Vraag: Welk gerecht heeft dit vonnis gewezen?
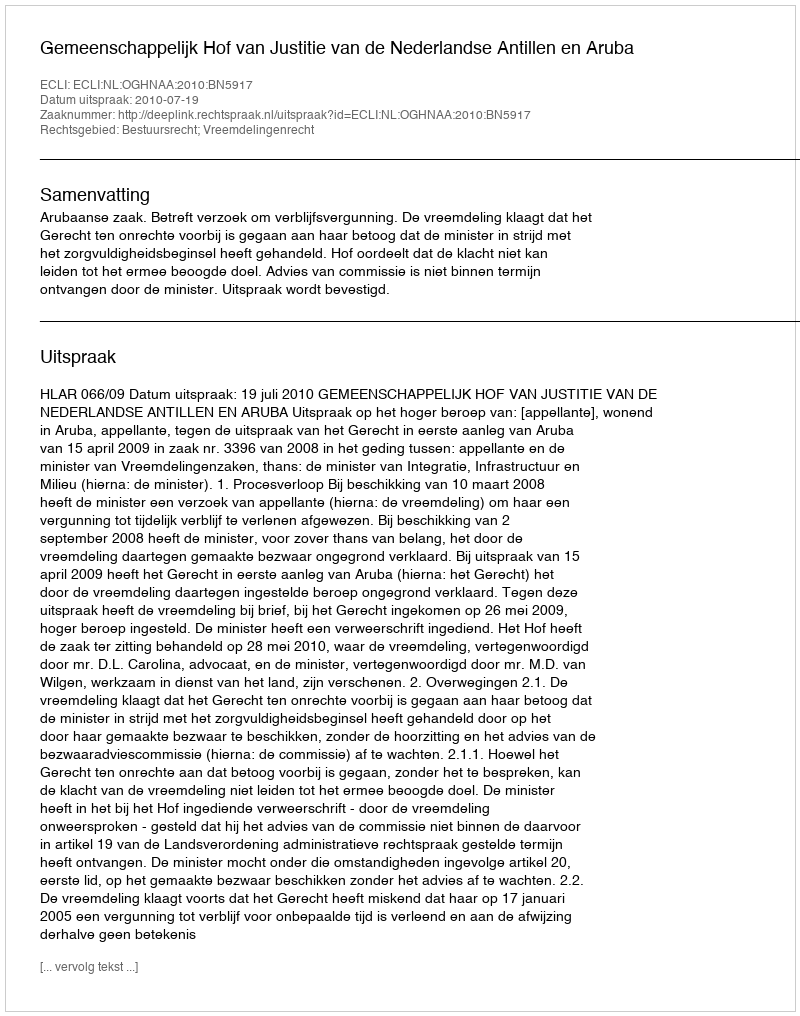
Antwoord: Gemeenschappelijk Hof van Justitie van de Nederlandse Antillen en Aruba